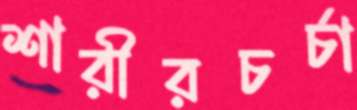
শারীরচর্চা